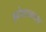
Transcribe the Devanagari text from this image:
झोग्राशाला